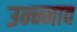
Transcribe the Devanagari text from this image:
उन्न्नाव